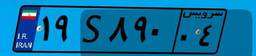
۱۹S۸۹۰۰۴